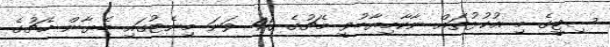
ސިޓީގެ މި އުކުޅުތައް ނާކާމިޔާބުވީ މެޗުގެ 40 ވަނަ މިނެޓުގައި ބެޔާން މެޗުގެ